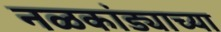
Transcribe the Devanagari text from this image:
नळकांड्याच्या